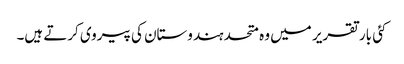
کئی بار تقریر میں وہ متحد ہندوستان کی پیروی کرتے ہیں۔